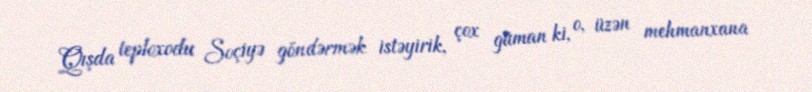
Qışda teploxodu Soçiyə göndərmək istəyirik, çox güman ki, o, üzən mehmanxana